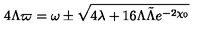
4 \Lambda \varpi = \omega \pm \sqrt { 4 \lambda + 1 6 \Lambda \tilde { \Lambda } e ^ { - 2 \chi _ { 0 } } }